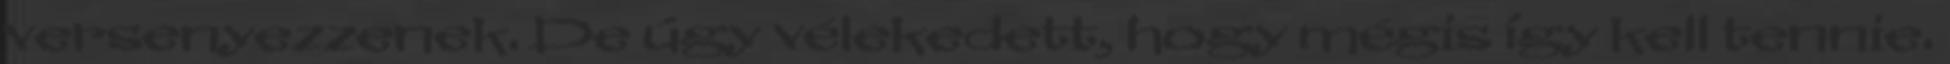
versenyezzenek. De úgy vélekedett, hogy mégis így kell tennie.